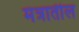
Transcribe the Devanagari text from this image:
मंत्रातील